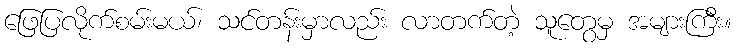
ဖြေပြလိုက်စမ်းမယ်၊ သင်တန်းမှာလည်း လာတက်တဲ့ သူတွေမှ အများကြီး။